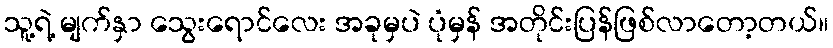
သူ့ရဲ့ မျက်နှာ သွေးရောင်လေး အခုမှပဲ ပုံမှန် အတိုင်းပြန်ဖြစ်လာတော့တယ်။